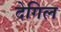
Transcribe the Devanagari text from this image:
देगिल